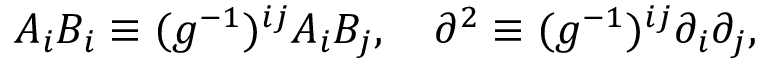
A _ { i } B _ { i } \equiv ( g ^ { - 1 } ) ^ { i j } A _ { i } B _ { j } , \quad \partial ^ { 2 } \equiv ( g ^ { - 1 } ) ^ { i j } \partial _ { i } \partial _ { j } ,